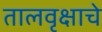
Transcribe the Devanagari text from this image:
तालवृक्षाचे